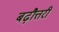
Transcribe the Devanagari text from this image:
बढ़ौत्तरी